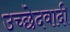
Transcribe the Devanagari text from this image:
उच्छेदवादी